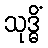
သုဒ္ဓိံ